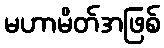
မဟာမိတ်အဖြစ်